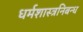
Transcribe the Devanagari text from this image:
धर्मशास्त्रनिबन्ध